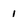
Character: 1